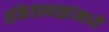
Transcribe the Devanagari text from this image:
संकेतस्थळांमध्ये